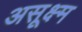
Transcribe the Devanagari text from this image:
असूक्ष्म